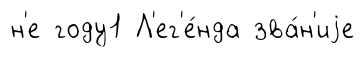
н'е году1 Л'ег'е́нда зва́н'иjе